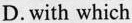
D. with which